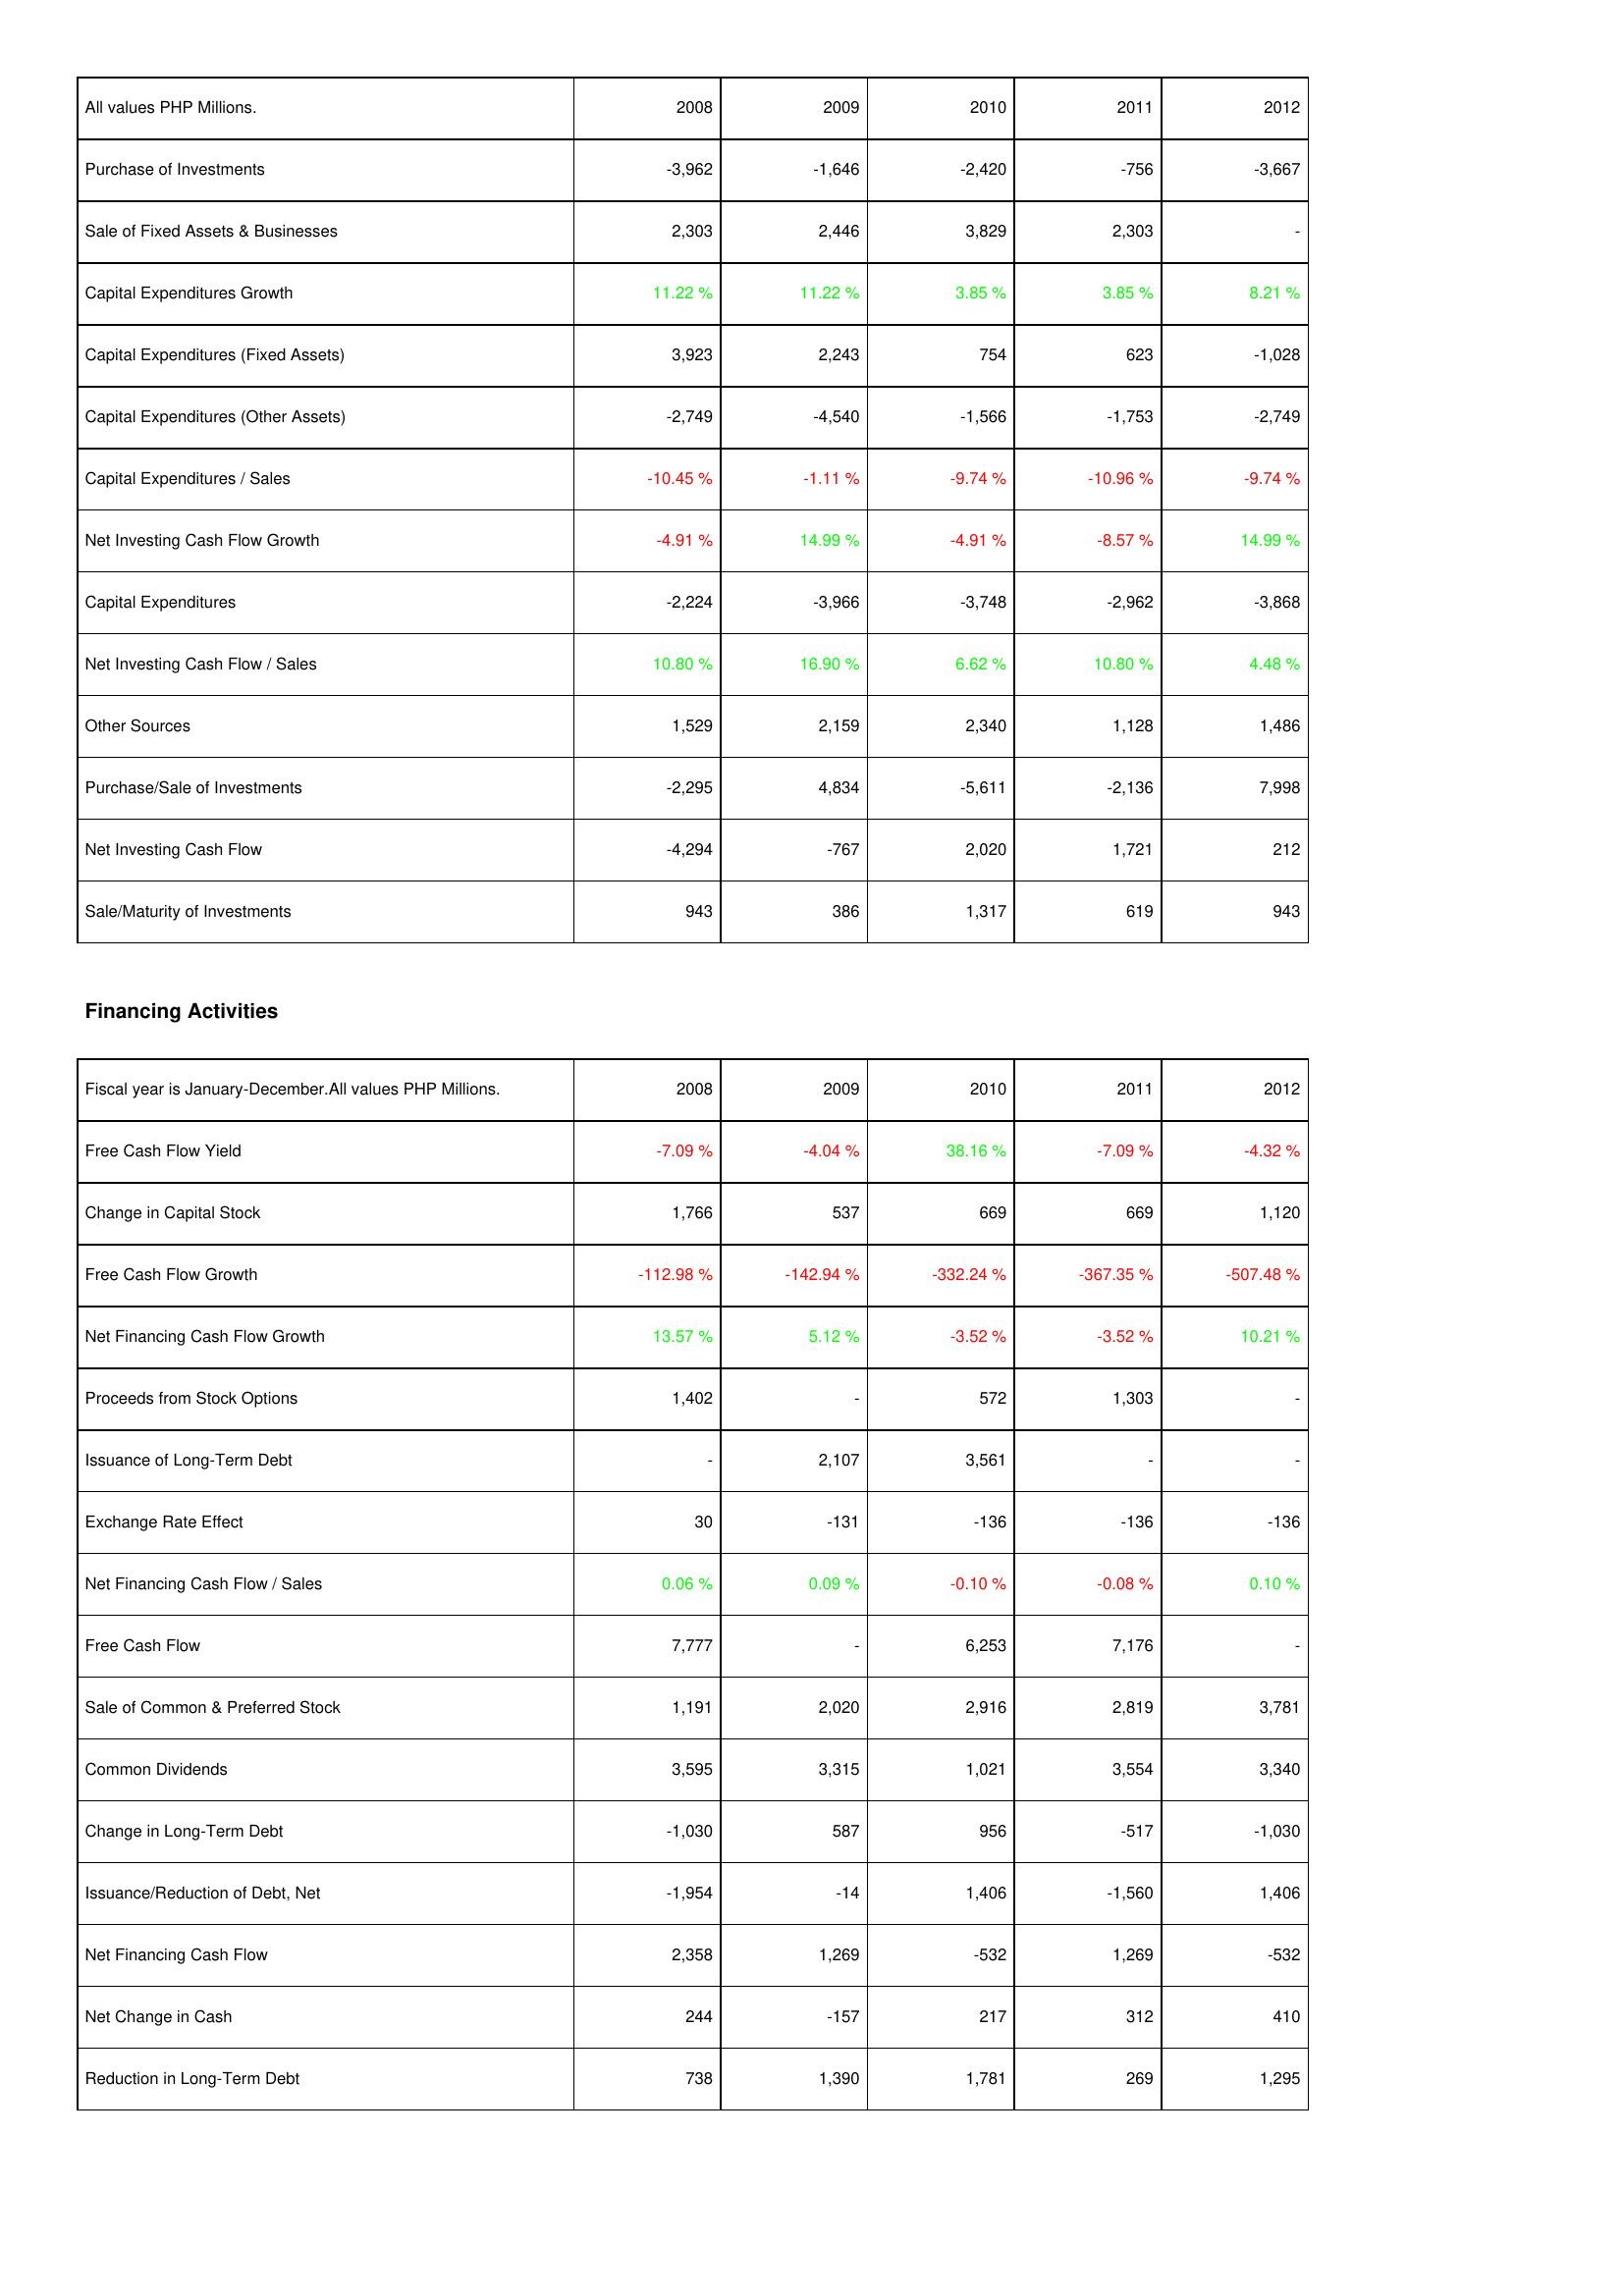
2008: Investing Activities: Purchase of Investments: -3,962
Sale of Fixed Assets & Businesses: 2,303
Capital Expenditures Growth: 11.22 %
Capital Expenditures (Fixed Assets): 3,923
Capital Expenditures (Other Assets): -2,749
Capital Expenditures / Sales: -10.45 %
Net Investing Cash Flow Growth: -4.91 %
Capital Expenditures: -2,224
Net Investing Cash Flow / Sales: 10.80 %
Other Sources: 1,529
Purchase/Sale of Investments: -2,295
Net Investing Cash Flow: -4,294
Sale/Maturity of Investments: 943
Financing Activities: Free Cash Flow Yield: -7.09 %
Change in Capital Stock: 1,766
Free Cash Flow Growth: -112.98 %
Net Financing Cash Flow Growth: 13.57 %
Proceeds from Stock Options: 1,402
Issuance of Long-Term Debt: -
Exchange Rate Effect: 30
Net Financing Cash Flow / Sales: 0.06 %
Free Cash Flow: 7,777
Sale of Common & Preferred Stock: 1,191
Common Dividends: 3,595
Change in Long-Term Debt: -1,030
Issuance/Reduction of Debt, Net: -1,954
Net Financing Cash Flow: 2,358
Net Change in Cash: 244
Reduction in Long-Term Debt: 738
2009: Investing Activities: Purchase of Investments: -1,646
Sale of Fixed Assets & Businesses: 2,446
Capital Expenditures Growth: 11.22 %
Capital Expenditures (Fixed Assets): 2,243
Capital Expenditures (Other Assets): -4,540
Capital Expenditures / Sales: -1.11 %
Net Investing Cash Flow Growth: 14.99 %
Capital Expenditures: -3,966
Net Investing Cash Flow / Sales: 16.90 %
Other Sources: 2,159
Purchase/Sale of Investments: 4,834
Net Investing Cash Flow: -767
Sale/Maturity of Investments: 386
Financing Activities: Free Cash Flow Yield: -4.04 %
Change in Capital Stock: 537
Free Cash Flow Growth: -142.94 %
Net Financing Cash Flow Growth: 5.12 %
Proceeds from Stock Options: -
Issuance of Long-Term Debt: 2,107
Exchange Rate Effect: -131
Net Financing Cash Flow / Sales: 0.09 %
Free Cash Flow: -
Sale of Common & Preferred Stock: 2,020
Common Dividends: 3,315
Change in Long-Term Debt: 587
Issuance/Reduction of Debt, Net: -14
Net Financing Cash Flow: 1,269
Net Change in Cash: -157
Reduction in Long-Term Debt: 1,390
2010: Investing Activities: Purchase of Investments: -2,420
Sale of Fixed Assets & Businesses: 3,829
Capital Expenditures Growth: 3.85 %
Capital Expenditures (Fixed Assets): 754
Capital Expenditures (Other Assets): -1,566
Capital Expenditures / Sales: -9.74 %
Net Investing Cash Flow Growth: -4.91 %
Capital Expenditures: -3,748
Net Investing Cash Flow / Sales: 6.62 %
Other Sources: 2,340
Purchase/Sale of Investments: -5,611
Net Investing Cash Flow: 2,020
Sale/Maturity of Investments: 1,317
Financing Activities: Free Cash Flow Yield: 38.16 %
Change in Capital Stock: 669
Free Cash Flow Growth: -332.24 %
Net Financing Cash Flow Growth: -3.52 %
Proceeds from Stock Options: 572
Issuance of Long-Term Debt: 3,561
Exchange Rate Effect: -136
Net Financing Cash Flow / Sales: -0.10 %
Free Cash Flow: 6,253
Sale of Common & Preferred Stock: 2,916
Common Dividends: 1,021
Change in Long-Term Debt: 956
Issuance/Reduction of Debt, Net: 1,406
Net Financing Cash Flow: -532
Net Change in Cash: 217
Reduction in Long-Term Debt: 1,781
2011: Investing Activities: Purchase of Investments: -756
Sale of Fixed Assets & Businesses: 2,303
Capital Expenditures Growth: 3.85 %
Capital Expenditures (Fixed Assets): 623
Capital Expenditures (Other Assets): -1,753
Capital Expenditures / Sales: -10.96 %
Net Investing Cash Flow Growth: -8.57 %
Capital Expenditures: -2,962
Net Investing Cash Flow / Sales: 10.80 %
Other Sources: 1,128
Purchase/Sale of Investments: -2,136
Net Investing Cash Flow: 1,721
Sale/Maturity of Investments: 619
Financing Activities: Free Cash Flow Yield: -7.09 %
Change in Capital Stock: 669
Free Cash Flow Growth: -367.35 %
Net Financing Cash Flow Growth: -3.52 %
Proceeds from Stock Options: 1,303
Issuance of Long-Term Debt: -
Exchange Rate Effect: -136
Net Financing Cash Flow / Sales: -0.08 %
Free Cash Flow: 7,176
Sale of Common & Preferred Stock: 2,819
Common Dividends: 3,554
Change in Long-Term Debt: -517
Issuance/Reduction of Debt, Net: -1,560
Net Financing Cash Flow: 1,269
Net Change in Cash: 312
Reduction in Long-Term Debt: 269
2012: Investing Activities: Purchase of Investments: -3,667
Sale of Fixed Assets & Businesses: -
Capital Expenditures Growth: 8.21 %
Capital Expenditures (Fixed Assets): -1,028
Capital Expenditures (Other Assets): -2,749
Capital Expenditures / Sales: -9.74 %
Net Investing Cash Flow Growth: 14.99 %
Capital Expenditures: -3,868
Net Investing Cash Flow / Sales: 4.48 %
Other Sources: 1,486
Purchase/Sale of Investments: 7,998
Net Investing Cash Flow: 212
Sale/Maturity of Investments: 943
Financing Activities: Free Cash Flow Yield: -4.32 %
Change in Capital Stock: 1,120
Free Cash Flow Growth: -507.48 %
Net Financing Cash Flow Growth: 10.21 %
Proceeds from Stock Options: -
Issuance of Long-Term Debt: -
Exchange Rate Effect: -136
Net Financing Cash Flow / Sales: 0.10 %
Free Cash Flow: -
Sale of Common & Preferred Stock: 3,781
Common Dividends: 3,340
Change in Long-Term Debt: -1,030
Issuance/Reduction of Debt, Net: 1,406
Net Financing Cash Flow: -532
Net Change in Cash: 410
Reduction in Long-Term Debt: 1,295